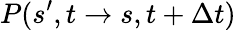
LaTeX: P(s^{\prime},t\to s,t+\Delta t)